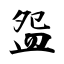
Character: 盌